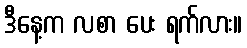
ဒီနေ့က လစာ ပေး ရက်လား။